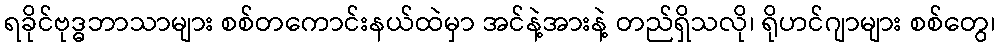
ရခိုင်ဗုဒ္ဓဘာသာများ စစ်တကောင်းနယ်ထဲမှာ အင်နဲ့အားနဲ့ တည်ရှိသလို၊ ရိုဟင်ဂျာများ စစ်တွေ၊